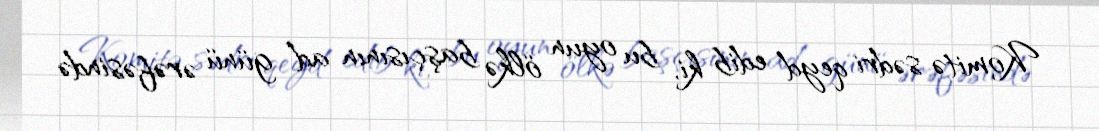
Komitə sədri qeyd edib ki, bu oyun ölkə başçısının ad günü ərəfəsində